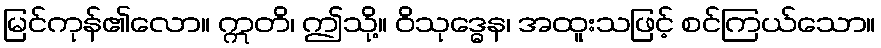
မြင်ကုန်၏လော။ ဣတိ၊ ဤသို့။ ဝိသုဒ္ဓေန၊ အထူးသဖြင့် စင်ကြယ်သော။